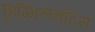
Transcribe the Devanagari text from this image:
हिग्गिनबॉटम